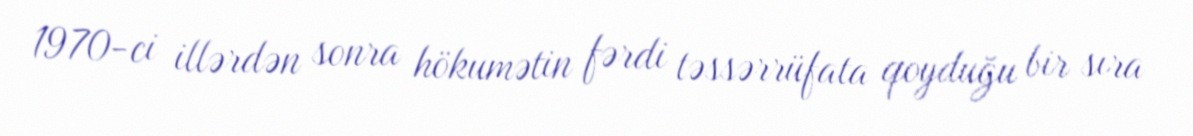
1970-ci illərdən sonra hökumətin fərdi təssərrüfata qoyduğu bir sıra